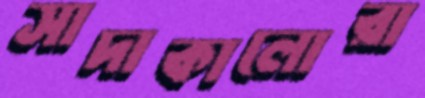
সাদাকালোরা